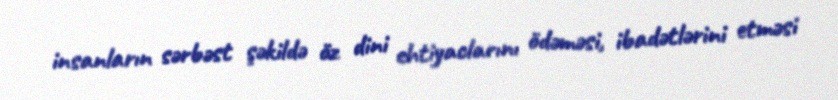
insanların sərbəst şəkildə öz dini ehtiyaclarını ödəməsi, ibadətlərini etməsi